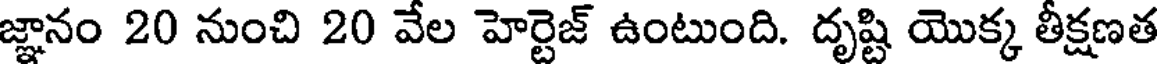
జ్ఞానం 20 నుంచి 20 వేల హెర్టెజ్ ఉంటుంది. దృష్టి యొక్క తీక్షణత